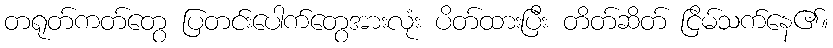
တရုတ်ကတ်တွေ ပြတင်းပေါက်တွေအားလုံး ပိတ်ထားပြီး တိတ်ဆိတ် ငြိမ်သက်နေ၏။